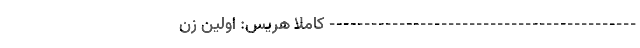
-------------------------------------------- کاملا هریس: اولین زن